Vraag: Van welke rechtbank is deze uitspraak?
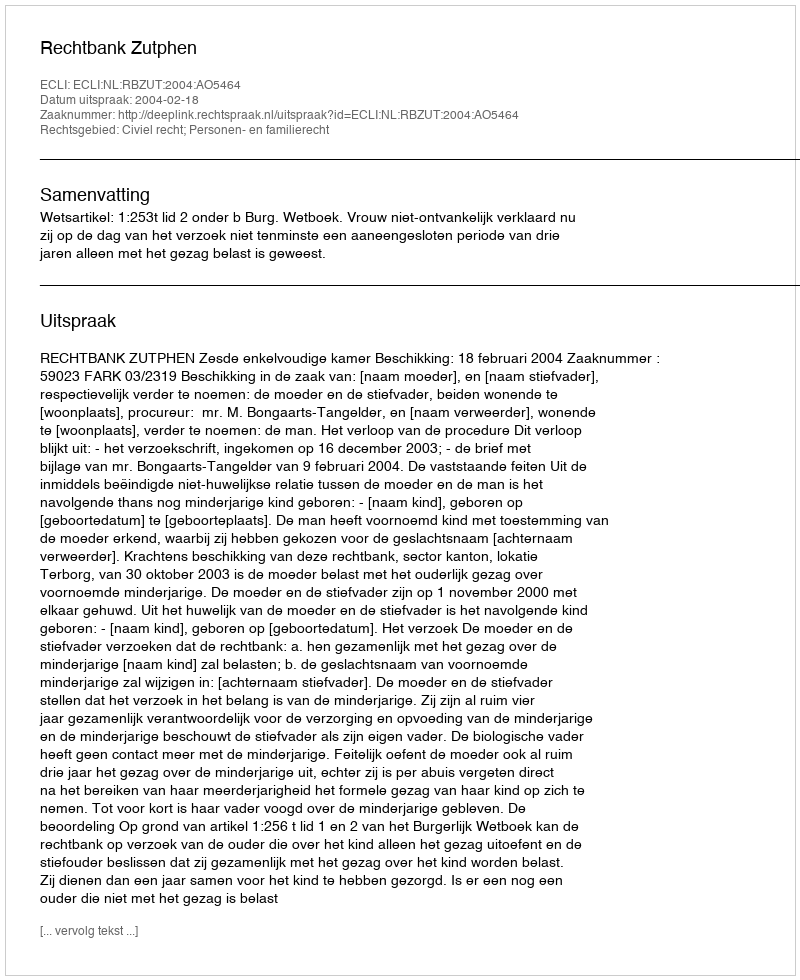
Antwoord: Rechtbank Zutphen